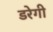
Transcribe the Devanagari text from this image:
डरेगी